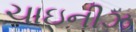
ચાઇનીઝ